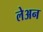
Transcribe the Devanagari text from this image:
लेअन